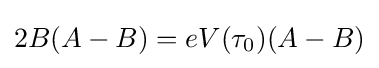
2B(A-B)=eV(\tau _{0})(A-B)